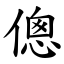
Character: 傯